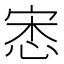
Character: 𢚠